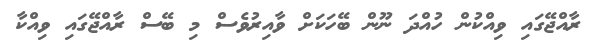
ރާއްޖޭގައި ވިއްކުން ހުއްދަ ނޫން ބޭހަކަށް ވާއިރުވެސް މި ބޭސް ރާއްޖޭގައި ވިއްކާ